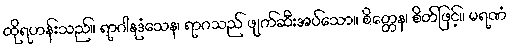
ထိုရဟန်းသည်။ ရာဂါနုဒံသေန၊ ရာဂသည် ဖျက်ဆီးအပ်သော။ စိတ္တေန၊ စိတ်ဖြင့်။ မရဏံ